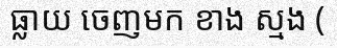
ធ្លាយ ចេញមក ខាង ស្មង (